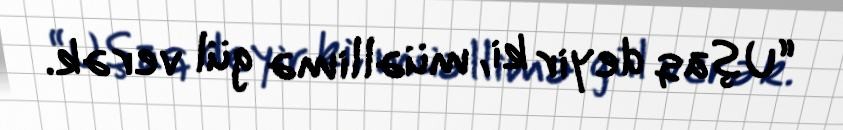
“Uşaq deyir ki, müəllimə gül verək.